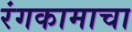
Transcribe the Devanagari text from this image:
रंगकामाचा